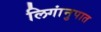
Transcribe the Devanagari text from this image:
लिगांनुपात